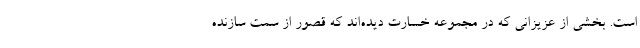
است. بخشی از عزیزانی که در مجموعه خسارت دیده‌اند که قصور از سمت سازنده